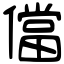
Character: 儅